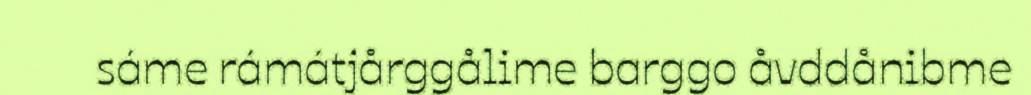
sáme rámátjårggålime barggo åvddånibme